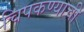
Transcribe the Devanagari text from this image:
चिपकण्याची